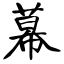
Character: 幕